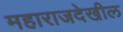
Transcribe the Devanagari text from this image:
महाराजदेखील